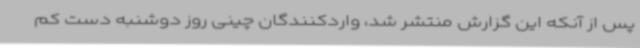
پس از آنکه این گزارش منتشر شد، واردکنندگان چینی روز دوشنبه دست کم